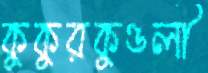
কুকুরকুণ্ডলী